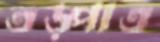
তড়্‌পাও